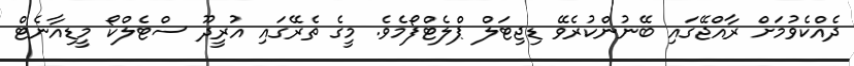
ދެއްކެވުމަށް ރާއްޖޭގައި ބޭނުންކުރެވޭ ޑިޖިޓަލް ޕްލެޓްފޯމެވެ. މީގެ ތެރޭގައި އުރީދޫ ސްޓެލްކޯ މީޑިއާނެޓް